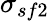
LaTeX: \sigma_{sf2}